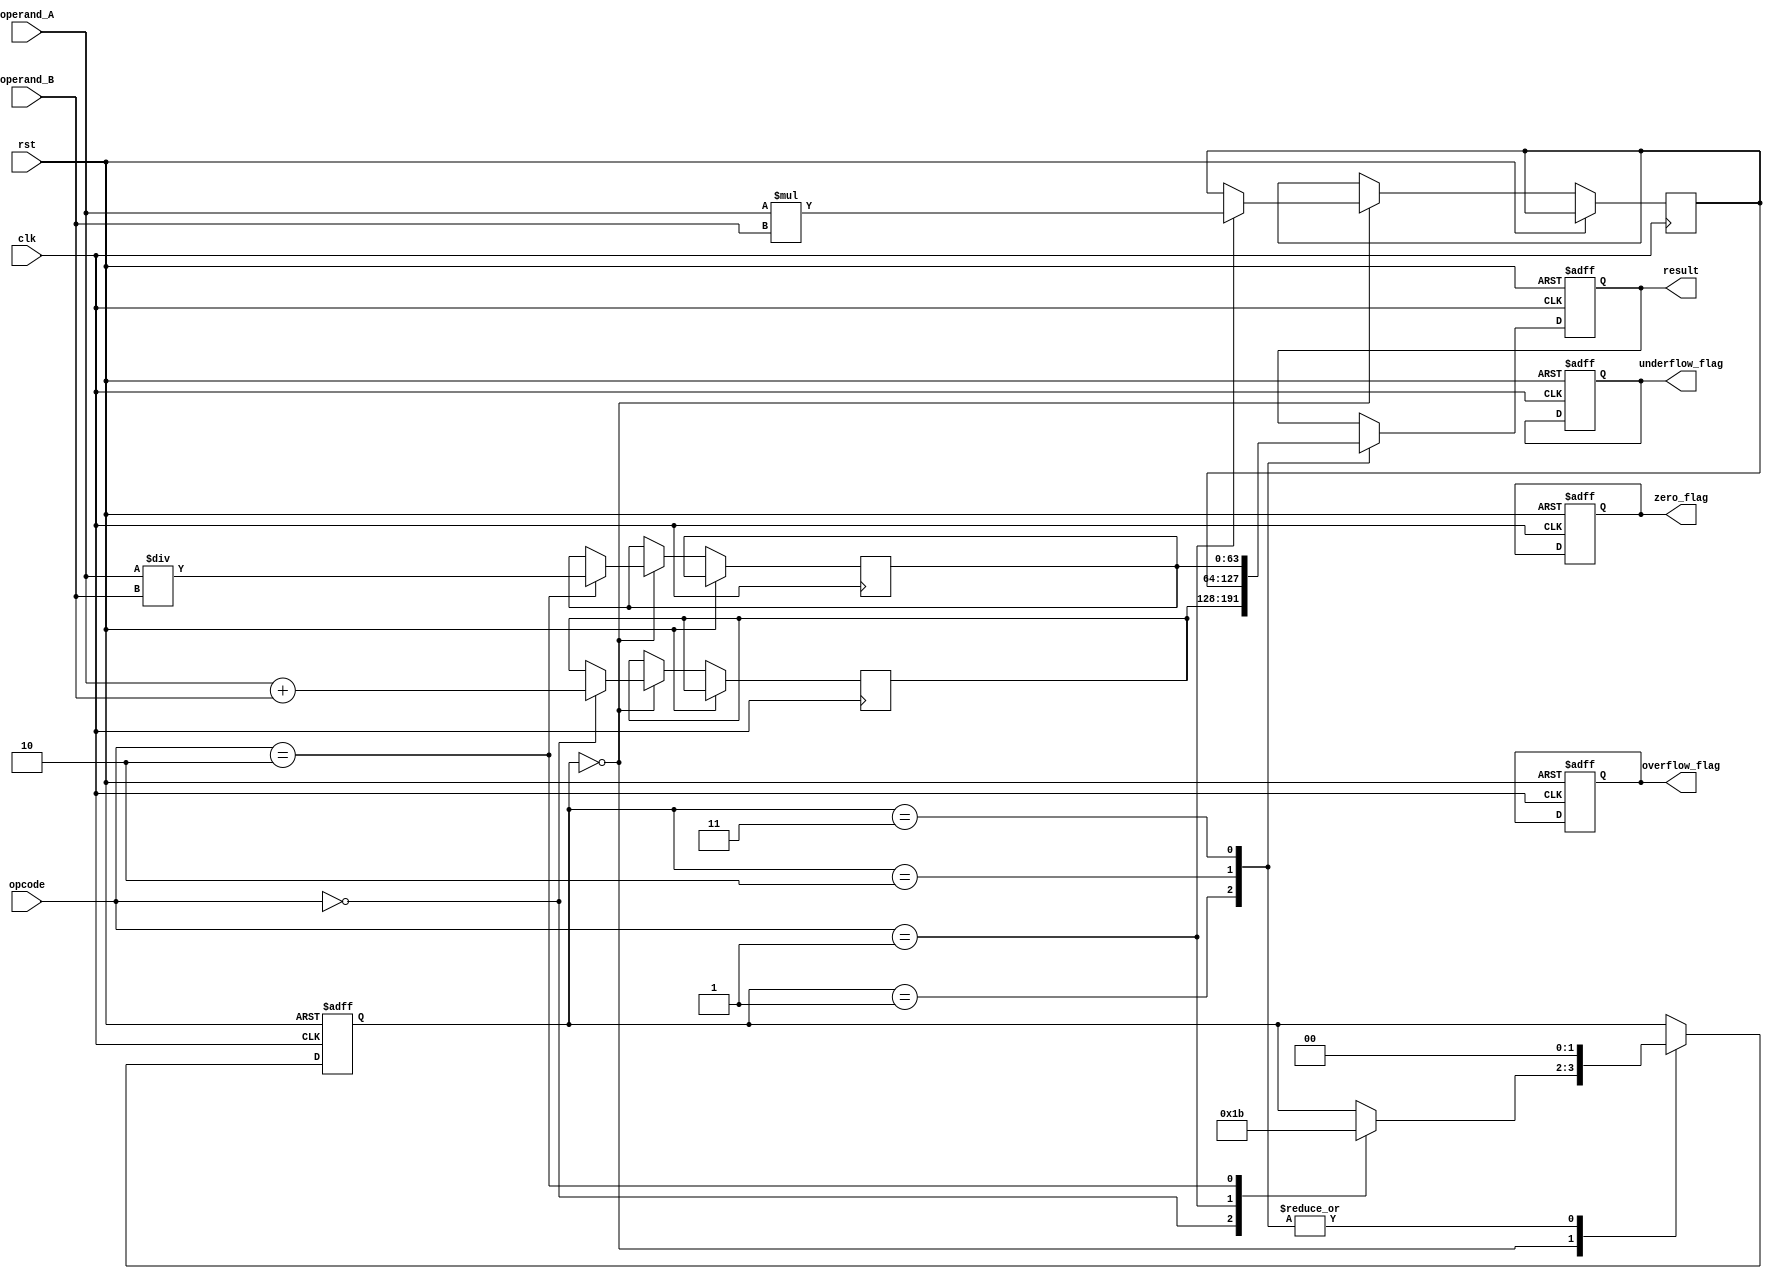
module floating_point_unit(
    input wire clk,
    input wire rst,
    input wire [63:0] operand_A,
    input wire [63:0] operand_B,
    input wire [1:0] opcode,
    output reg [63:0] result,
    output reg zero_flag,
    output reg overflow_flag,
    output reg underflow_flag
);

reg [63:0] fp_add_result, fp_mul_result, fp_div_result;
reg [63:0] fp_adder_out, fp_multiplier_out, fp_divider_out;
reg [1:0] state;

parameter IDLE = 2'b00, ADD = 2'b01, MULT = 2'b10, DIV = 2'b11;

always @(posedge clk or posedge rst) begin
    if (rst) begin
        state <= IDLE;
        zero_flag <= 0;
        overflow_flag <= 0;
        underflow_flag <= 0;
        result <= 64'b0;
    end else begin
        case(state)
            IDLE: begin
                case(opcode)
                    2'b00: begin // Addition
                        fp_adder_out <= operand_A + operand_B;
                        state <= ADD;
                    end
                    2'b01: begin // Multiplication
                        fp_multiplier_out <= operand_A * operand_B;
                        state <= MULT;
                    end
                    2'b10: begin // Division
                        fp_divider_out <= operand_A / operand_B;
                        state <= DIV;
                    end
                endcase
            end
            ADD: begin
                result <= fp_adder_out;
                state <= IDLE;
            end
            MULT: begin
                result <= fp_multiplier_out;
                state <= IDLE;
            end
            DIV: begin
                result <= fp_divider_out;
                state <= IDLE;
            end
        endcase
    end
end

endmodule